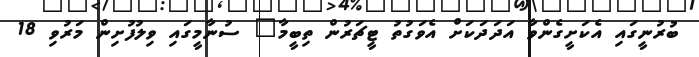
ބުރުނީގައި އެކަށީގެންވާ އަދަދަކަށް އެވަގުތު ޓީޗަރުން ތިބީމާ" ސުނާމީގައި ވިލުފުށިން މަރުވި 18